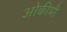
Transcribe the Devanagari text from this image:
ओकीमी